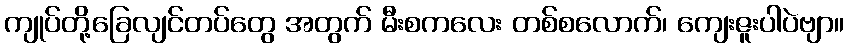
ကျုပ်တို့ခြေလျင်တပ်တွေ အတွက် မီးစကလေး တစ်စလောက်၊ ကျေးဇူးပါပဲဗျာ။